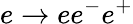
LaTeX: e\to ee^{-}e^{+}